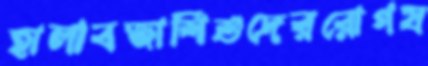
হালাবজাশিশুদেররোগয